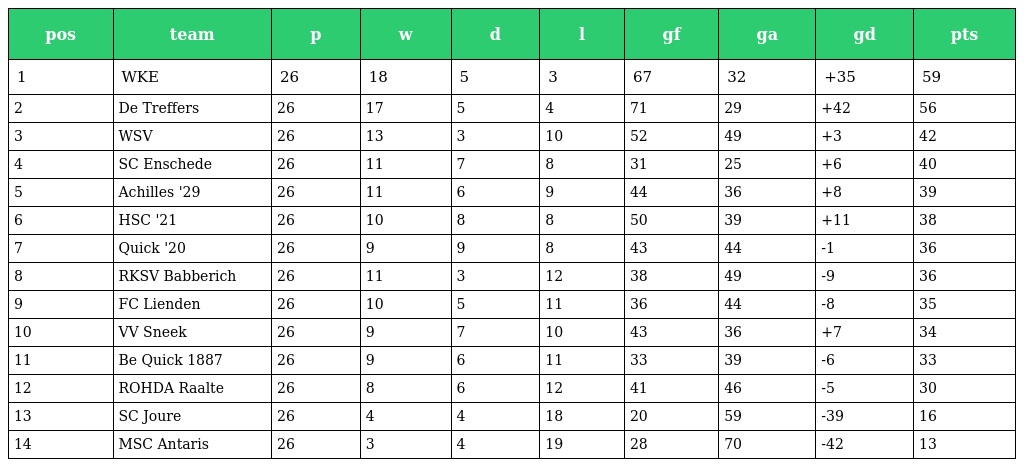
| pos | team | p | w | d | l | gf | ga | gd | pts |
 | --- | --- | --- | --- | --- | --- | --- | --- | --- | --- |
 | 1 | WKE | 26 | 18 | 5 | 3 | 67 | 32 | +35 | 59 |
 | 2 | De Treffers | 26 | 17 | 5 | 4 | 71 | 29 | +42 | 56 |
 | 3 | WSV | 26 | 13 | 3 | 10 | 52 | 49 | +3 | 42 |
 | 4 | SC Enschede | 26 | 11 | 7 | 8 | 31 | 25 | +6 | 40 |
 | 5 | Achilles '29 | 26 | 11 | 6 | 9 | 44 | 36 | +8 | 39 |
 | 6 | HSC '21 | 26 | 10 | 8 | 8 | 50 | 39 | +11 | 38 |
 | 7 | Quick '20 | 26 | 9 | 9 | 8 | 43 | 44 | -1 | 36 |
 | 8 | RKSV Babberich | 26 | 11 | 3 | 12 | 38 | 49 | -9 | 36 |
 | 9 | FC Lienden | 26 | 10 | 5 | 11 | 36 | 44 | -8 | 35 |
 | 10 | VV Sneek | 26 | 9 | 7 | 10 | 43 | 36 | +7 | 34 |
 | 11 | Be Quick 1887 | 26 | 9 | 6 | 11 | 33 | 39 | -6 | 33 |
 | 12 | ROHDA Raalte | 26 | 8 | 6 | 12 | 41 | 46 | -5 | 30 |
 | 13 | SC Joure | 26 | 4 | 4 | 18 | 20 | 59 | -39 | 16 |
 | 14 | MSC Antaris | 26 | 3 | 4 | 19 | 28 | 70 | -42 | 13 |